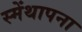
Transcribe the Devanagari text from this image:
स्मेंथापना